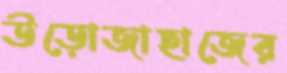
উড়োজাহাজের